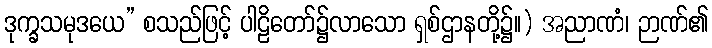
ဒုက္ခသမုဒယေ” စသည်ဖြင့် ပါဠိတော်၌လာသော ရှစ်ဌာနတို့၌။) အညာဏံ၊ ဉာဏ်၏